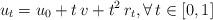
LaTeX: \begin{align*}u_t = u_0 + t\,v + t^2\,r_t,\forall\, t\in [0,1] \end{align*}